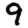
Digit: 9